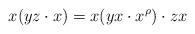
LaTeX: \begin{align*}x(yz\cdot x)= x(yx\cdot x^{\rho})\cdot zx\end{align*}